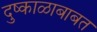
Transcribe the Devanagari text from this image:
दुष्काळाबाबत